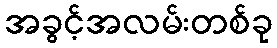
အခွင့်အလမ်းတစ်ခု